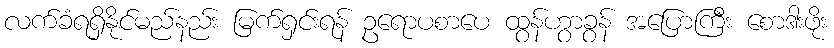
လက်ခံရရှိနိုင်မည်နည်း မြက်ရှင်းရန် ဥရောပစာပေ ထွန်ဟွာခွန် အပြောကြီး စောဒါးဖိုး